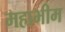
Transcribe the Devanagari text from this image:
महाभीम